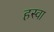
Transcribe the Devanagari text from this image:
हस्वा